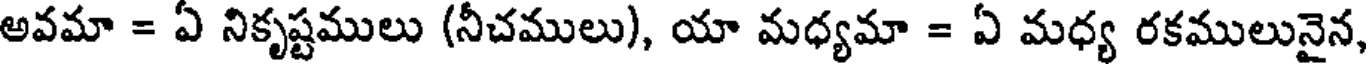
అవమా = ఏ నికృష్టములు (నీచములు), యా మధ్యమా = ఏ మధ్య రకములునైన,